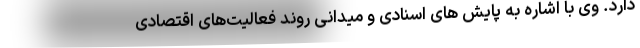
دارد. وی با اشاره به پایش‌ های اسنادی و میدانی روند فعالیت‌های اقتصادی